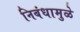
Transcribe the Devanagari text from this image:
निबंधामुळे